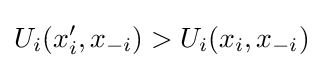
U_{i}(x_{i}',x_{-i})>U_{i}(x_{i},x_{-i})